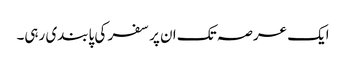
ایک عرصہ تک ان پر سفر کی پابندی رہی۔